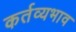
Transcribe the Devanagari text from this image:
कर्तव्यभाव